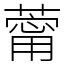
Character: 䔭